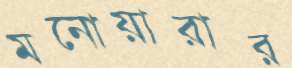
মনোয়ারার